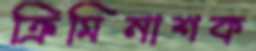
ক্রিমিনাশক